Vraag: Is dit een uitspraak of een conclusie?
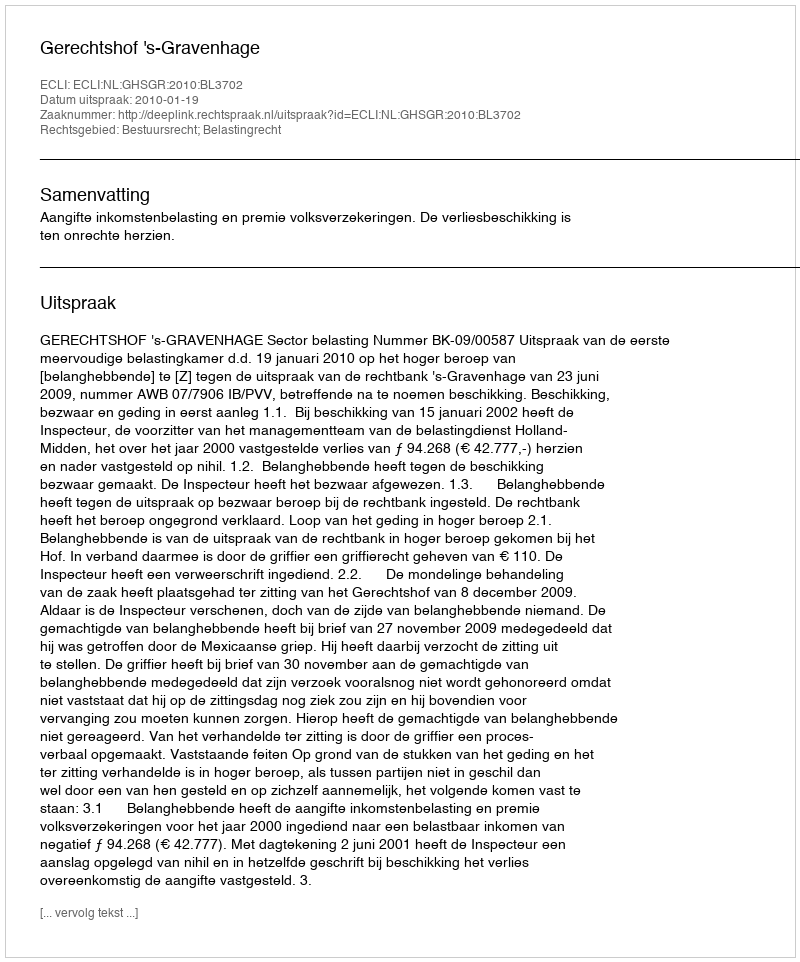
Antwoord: Uitspraak